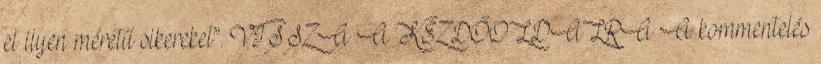
el ilyen méretű sikereket”. VISSZA A KEZDŐOLDALRA A kommentelés